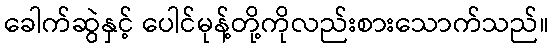
ခေါက်ဆွဲနှင့် ပေါင်မုန့်တို့ကိုလည်းစားသောက်သည်။